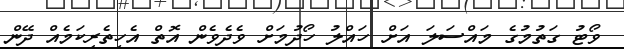
ވޯޓު ގަތުމުގެ މައްސަލަ އަށް ހައްލު ހޯދުމަށް ވެދެވެން އޮތް އެހީތެރިކަމެއް ދޭން